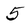
Character: 5